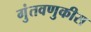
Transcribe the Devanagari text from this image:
गुंतवणुकीस